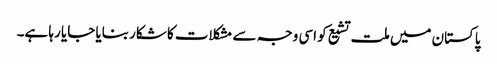
پاکستان میں ملت تشیع کو اسی وجہ سے مشکلات کا شکار بنایا جایا رہا ہے۔